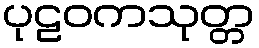
ပုဠဝကသုတ္တ